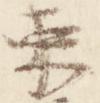
束